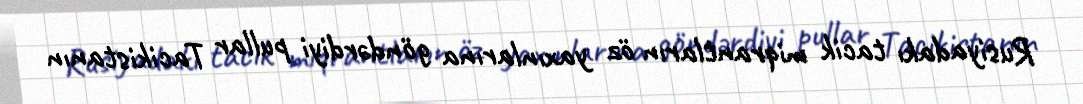
Rusiyadakı tacik miqrantların öz yaxınlarına göndərdiyi pullar Tacikistanın